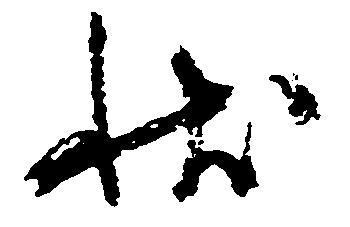
状